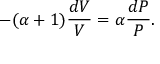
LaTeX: - ( \alpha + 1 ) { \frac { d V } { V } } = \alpha { \frac { d P } { P } } .